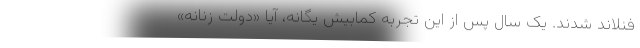
فنلاند شدند. یک سال پس از این تجربه کمابیش یگانه، آیا «دولت زنانه»